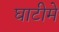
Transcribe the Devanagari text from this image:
घाटीमे